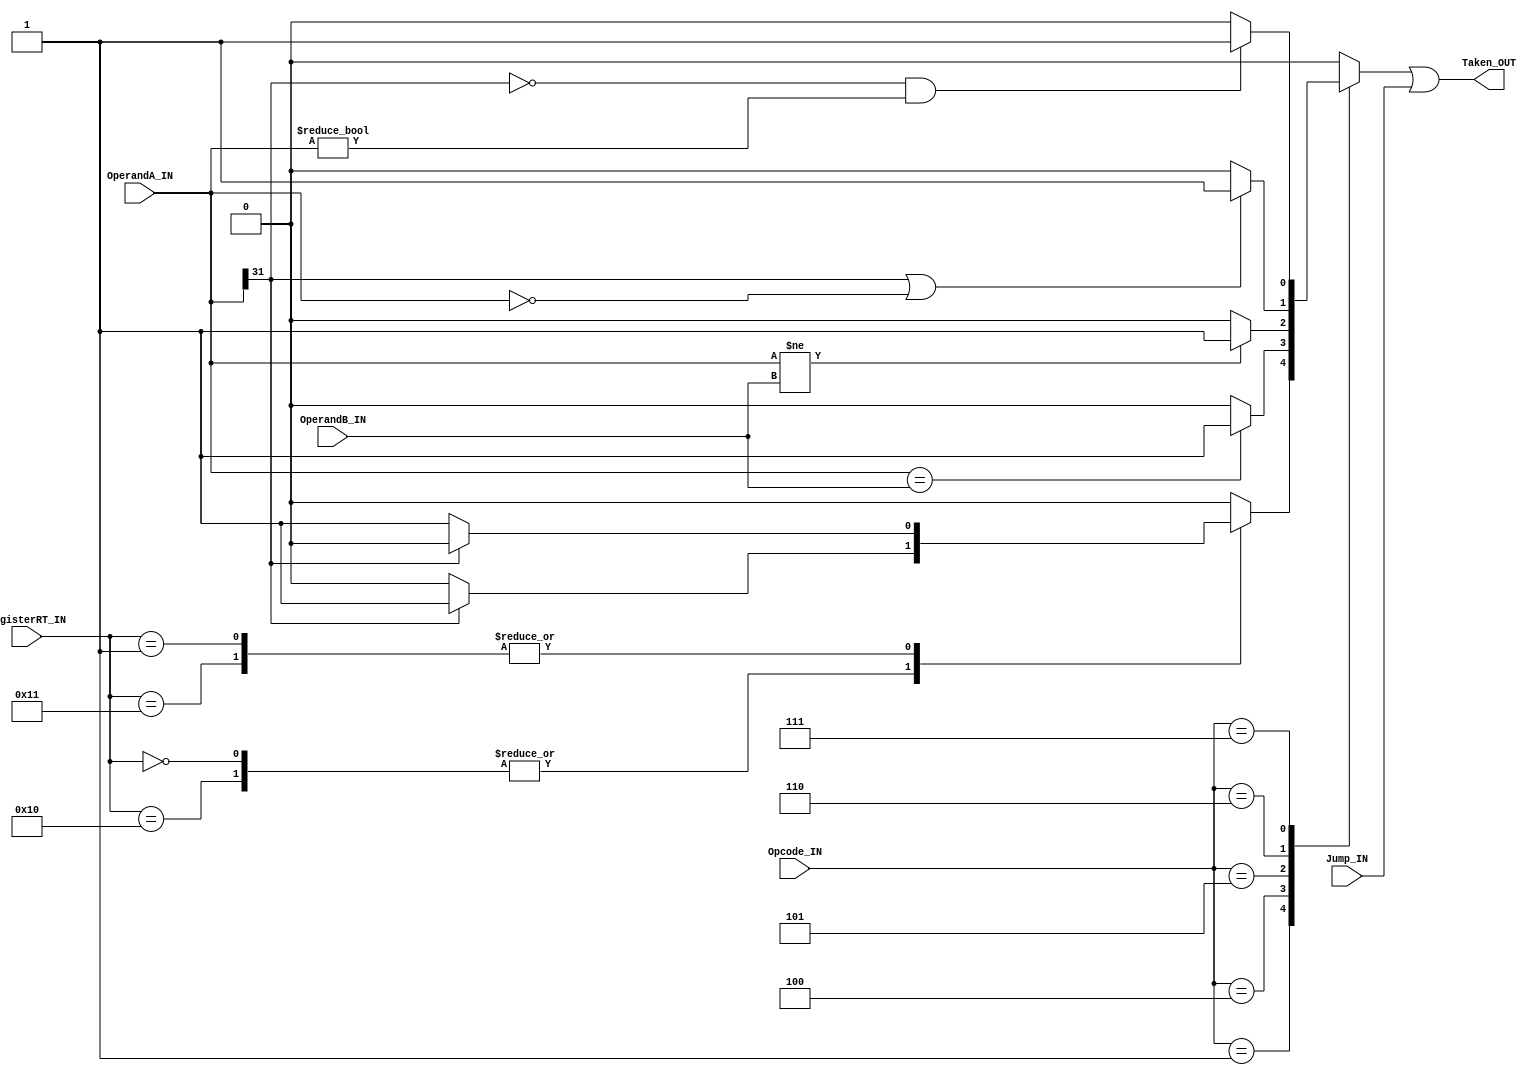
module Compare(	

	//MODULE INPUTS
	
		input 		Jump_IN,
		input [5:0]	Opcode_IN,
	      	input [4:0]	RegisterRT_IN,	
		input [31:0] 	OperandA_IN,
		input [31:0] 	OperandB_IN,

	//MODULE OUTPUTS
	
		output Taken_OUT

);

wire 	BranchTaken;				
assign 	Taken_OUT = BranchTaken | Jump_IN;	

/* TODO
 * Procedural assignment to wires is not in standard
 * Need to find a better way to represent this
 * Preventing using higher versions of verilator
 */
always begin
	
	//CASE STATEMENT FOR OPCODE
	case(Opcode_IN)
		
		//OPCODE: 1 (REGIMM)
		6'b000001:begin

			//CASE STATEMENT FOR RT
			case(RegisterRT_IN)
				
				//RT: 0, 16 (BLTZ, BTZAL)
				5'b00000,5'b10000:begin
				
					//BRANCH IS TAKEN IF OPERAND A IS NEGATIVE
					BranchTaken = (OperandA_IN[31] == 1) ? 1'b1 : 1'b0;

				end				
				
				//RT: 1, 17 (BGEZ, BGEZAL)
				5'b00001,5'b10001:begin

					//BRANCH IS TAKEN IF OPERAND A IS POSITIVE OR ZERO
					BranchTaken = (OperandA_IN[31] == 0) ? 1'b1 : 1'b0;	
	
				end

				//RT: NOT A BRANCH INSTRUCTION
				default:begin
					
					//BRANCH IS NOT TAKEN
					BranchTaken = 1'b0;

				end

			endcase
		end

		//OPCODE: 4 (BEQ)			
		6'b000100:begin

			//BRANCH IS TAKEN IF OPERAND A AND OPERAND B ARE EQUAL
			BranchTaken = (OperandA_IN == OperandB_IN) ? 1'b1 : 1'b0;

		end

		//OPCODE: 5 (BNE)
		6'b000101:begin

			//BRANCH IS TAKEN IF OPERAND A AND OPERAND B ARE NOT EQUAL
			BranchTaken = (OperandA_IN != OperandB_IN) ? 1'b1 : 1'b0;

		end
		
		//OPCODE: 6 (BLEZ)
		6'b000110:begin
		
			//BRANCH IS TAKEN IF OPERAND A IS NEGATIVE OR ZERO
			BranchTaken = ((OperandA_IN[31] == 1) || (OperandA_IN == 0)) ? 1'b1 : 1'b0;

		end

		//OPCODE: 7 (BGTZ)
		6'b000111: begin

			//BRANCH IS TAKEN IF OPERAND A IS POSITIVE AND NOT ZERO
			BranchTaken = ((OperandA_IN[31] == 0) && (OperandA_IN != 0)) ? 1'b1 : 1'b0;

		end

		//OPCODE: NOT A BRANCH INSTRUCTION
		default: begin

			//BRANCH IS NOT TAKEN
			BranchTaken = 1'b0;

		end

	endcase

end

endmodule